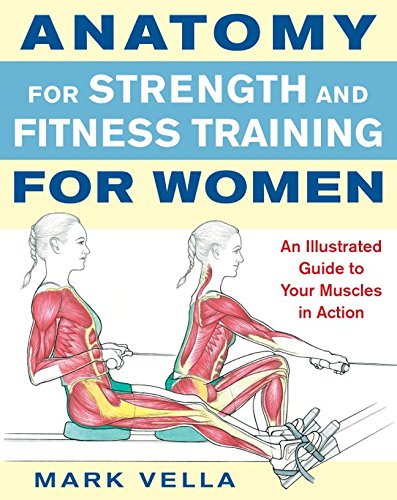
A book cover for Anatomy for Strength and Fitness Training for Women; Mark Vella; Health, Fitness & Dieting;